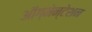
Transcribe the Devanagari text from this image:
ऑग्मेन्टेशन